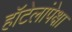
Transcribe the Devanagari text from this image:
हॉटेलांपेक्षा